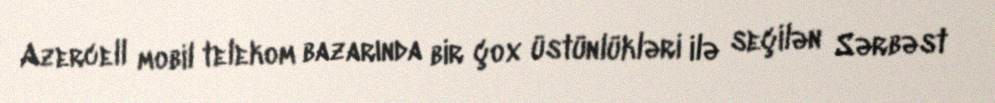
Azercell mobil telekom bazarında bir çox üstünlükləri ilə seçilən Sərbəst